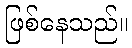
ဖြစ်နေသည်။